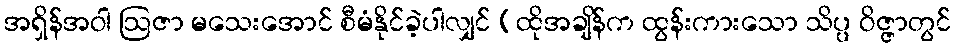
အရှိန်အဝါ ဩဇာ မသေးအောင် စီမံနိုင်ခဲ့ပါလျှင် (ထိုအချိန်က ထွန်းကားသော သိပ္ပ ဝိဇ္ဇာတွင်